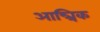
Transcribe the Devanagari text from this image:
आन्त्रिक